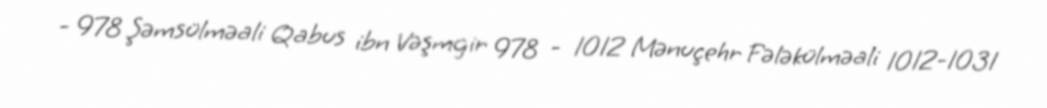
- 978 Şəmsülməali Qabus ibn Vəşmgir 978 - 1012 Mənuçehr Fələkülməali 1012-1031